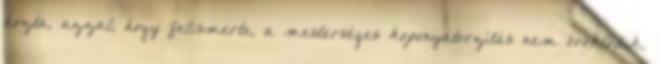
hozta, azzal, hogy felismerte, a mesterséges koponyatorzítás nem öröklődik,